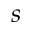
s